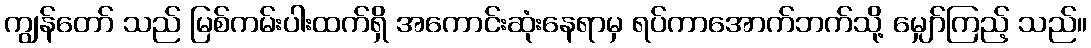
ကျွန်တော် သည် မြစ်ကမ်းပါးထက်ရှိ အကောင်းဆုံးနေရာမှ ရပ်ကာအောက်ဘက်သို့ မျှော်ကြည့် သည်။